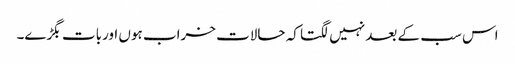
اس سب کے بعد نہیں لگتا کہ حالات خراب ہوں اوربات بگڑے۔